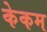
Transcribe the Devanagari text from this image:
केकम